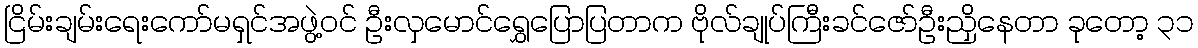
ငြိမ်းချမ်းရေးကော်မရှင်အဖွဲ့ဝင် ဦးလှမောင်ရွှေပြောပြတာက ဗိုလ်ချုပ်ကြီးခင်ဇော်ဦးညှိနေတာ ခုတော့ ၃၁